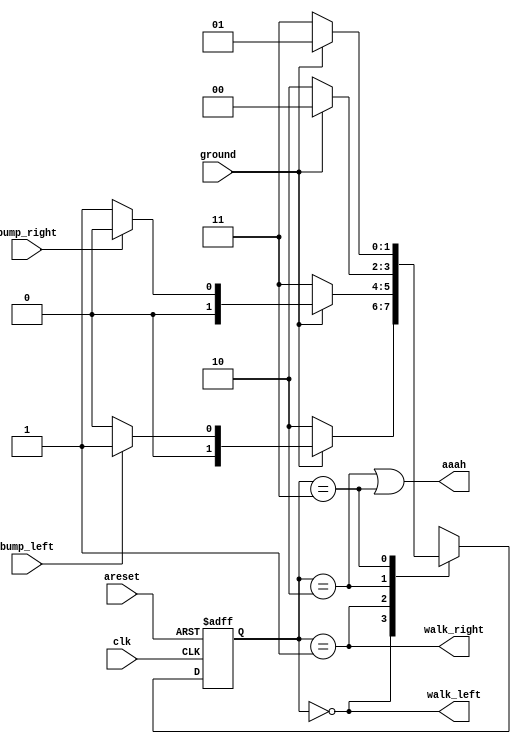
module top_module(
    input clk,
    input areset,    // Freshly brainwashed Lemmings walk left.
    input bump_left,
    input bump_right,
    input ground,
    output walk_left,
    output walk_right,
    output aaah );

    parameter LEFT=2'b00, RIGHT=2'b01, down_l=2'b10, down_r=2'b11;
    reg [1:0] state, next_state;

    always @(*) begin
        case(state)
            LEFT: next_state = ground ? (bump_left ? RIGHT : LEFT) : down_l;
            RIGHT: next_state = ground ? (bump_right ? LEFT : RIGHT) : down_r;
            down_l: next_state = ground ? LEFT : down_l;
            down_r: next_state = ground ? RIGHT : down_r;
            default: next_state = LEFT;
        endcase
    end

    always @(posedge clk, posedge areset) begin
        if (areset) state <= LEFT;
        else state <= next_state;
    end

    // Output logic
    assign walk_left = (state == LEFT);
    assign walk_right = (state == RIGHT);
    assign aaah = (state == down_l | state == down_r);

endmodule